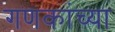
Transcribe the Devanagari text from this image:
गणकांच्या